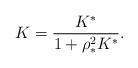
LaTeX: \begin{align*}K= \frac {K^*}{1+\rho_*^2K^*}.\end{align*}